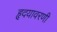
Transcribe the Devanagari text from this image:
हृदयावरणी